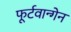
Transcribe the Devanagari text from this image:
फूर्टवान्गेन